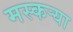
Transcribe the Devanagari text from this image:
मस्कऱ्या